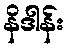
နိဒါန်း